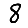
Digit: 8